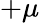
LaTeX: +\mu